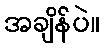
အချိန်ပဲ။